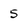
Character: 5